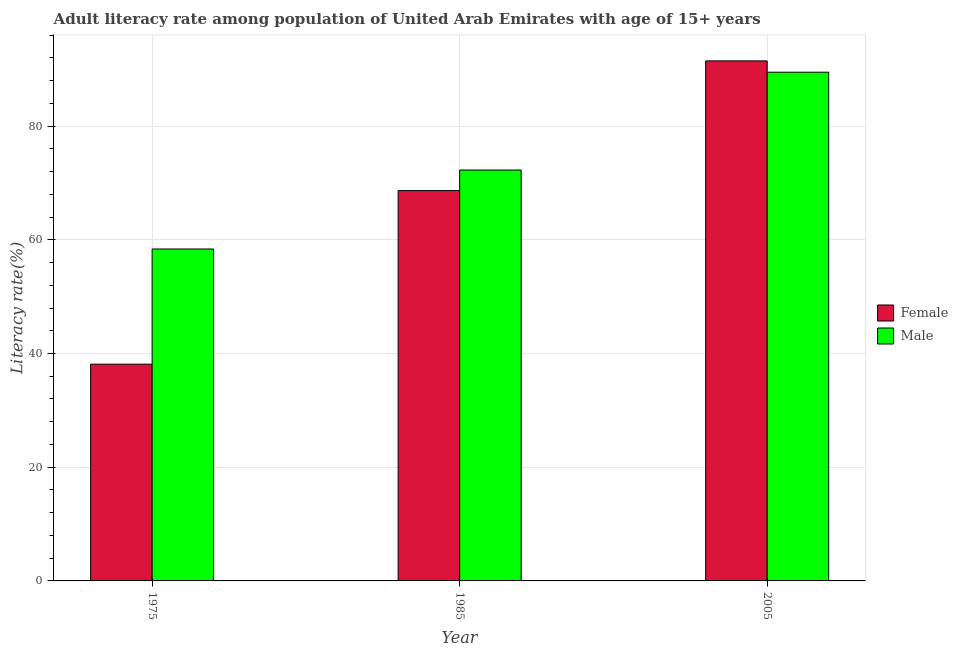
| Year | Female | Male |
 | --- | --- | --- |
 | 1975 | 38.1 | 58.4 |
 | 1985 | 68.7 | 72.3 |
 | 2005 | 91.5 | 89.5 |